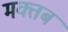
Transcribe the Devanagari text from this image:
मक्तब